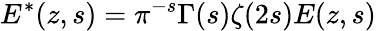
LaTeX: E^{*}(z,s)=\pi^{-s}\Gamma(s)\zeta(2s)E(z,s)